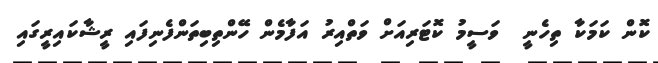
ކޮން ކަމަކާ ތިހެނީ  ވަސީމު ކޮޓަރިއަށް ވަތްއިރު އަފާމެން ހޭންތިބިތަންފެނިފައި ރީޝާކައިރީގައި